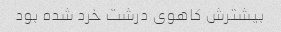
بیشترش کاهوی درشت خرد شده بود